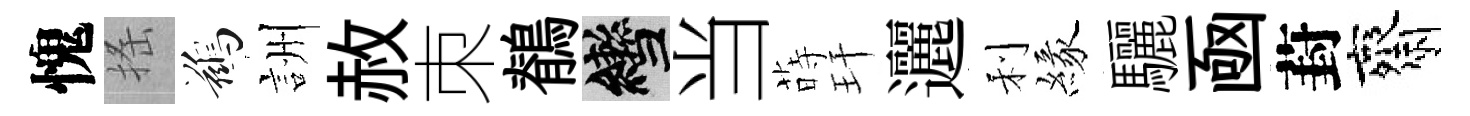
愧搖鷀詶赦朿鶺轡当蒔玕邐利緣驪凾葑齋